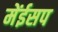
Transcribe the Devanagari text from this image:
मेंईसप